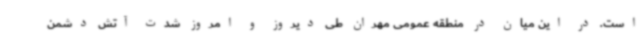
است. در این میان در منطقه عمومی مهران طی دیروز و امروز شدت آتش دشمن